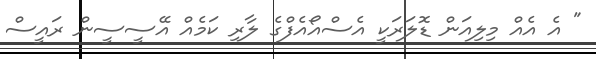
" އެ އެއް މިލިއަން ޑޮލަރަކީ އެސްއޯއެފްގެ ލާރި ކަމެއް އޭސީސީން ރައީސް